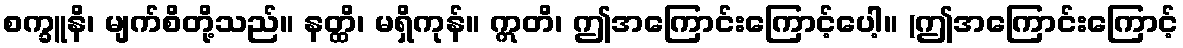
စက္ခူနိ၊ မျက်စိတို့သည်။ နတ္ထိ၊ မရှိကုန်။ ဣတိ၊ ဤအကြောင်းကြောင့်ပေါ့။ (ဤအကြောင်းကြောင့်